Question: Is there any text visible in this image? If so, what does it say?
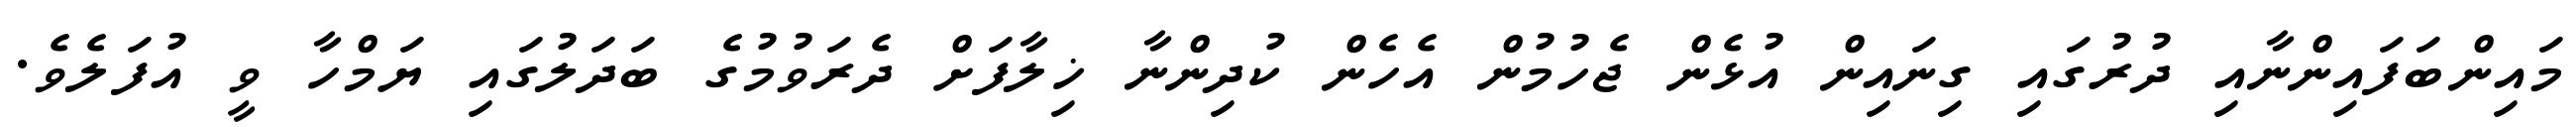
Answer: މައިންބަފައިންނާއި ދުރުގައި ގިނައިން އުޅެން ޖެހުމުން އެހެން ކުދިންނާ ޚިލާފަށް ދެރަވުމުގެ ބަދަލުގައި ޔަމްހާ ވީ އުފަލެވެ.